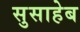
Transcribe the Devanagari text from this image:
सुसाहेब